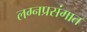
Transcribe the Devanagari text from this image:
लग्नप्रसंगात